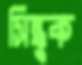
সিন্ধুক